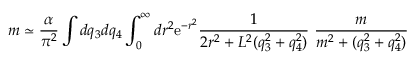
m \simeq \frac { \alpha } { \pi ^ { 2 } } \int d q _ { 3 } d q _ { 4 } \int _ { 0 } ^ { \infty } d r ^ { 2 } \mathrm { e } ^ { - r ^ { 2 } } \frac { 1 } { 2 r ^ { 2 } + L ^ { 2 } ( q _ { 3 } ^ { 2 } + q _ { 4 } ^ { 2 } ) } ~ \frac { m } { m ^ { 2 } + ( q _ { 3 } ^ { 2 } + q _ { 4 } ^ { 2 } ) }